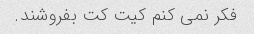
فکر نمی کنم کیت کت بفروشند.